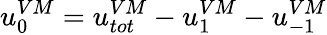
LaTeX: u_{0}^{VM}=u_{tot}^{VM}-u_{1}^{VM}-u_{-1}^{VM}